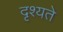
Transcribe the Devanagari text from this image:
दृश्यते